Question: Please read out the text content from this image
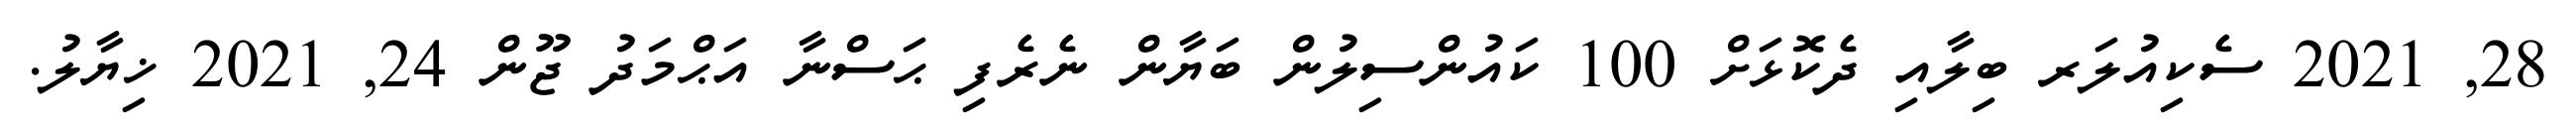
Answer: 28, 2021 ސެކިއުލަރ ބިލާއި ދެކޮޅަށް 100 ކައުންސިލުން ބަޔާން ނެރެފި ޙަސްނާ އަޙްމަދު ޖޫން 24, 2021 ޚިޔާލު.